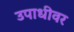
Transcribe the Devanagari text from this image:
उपाधीवर